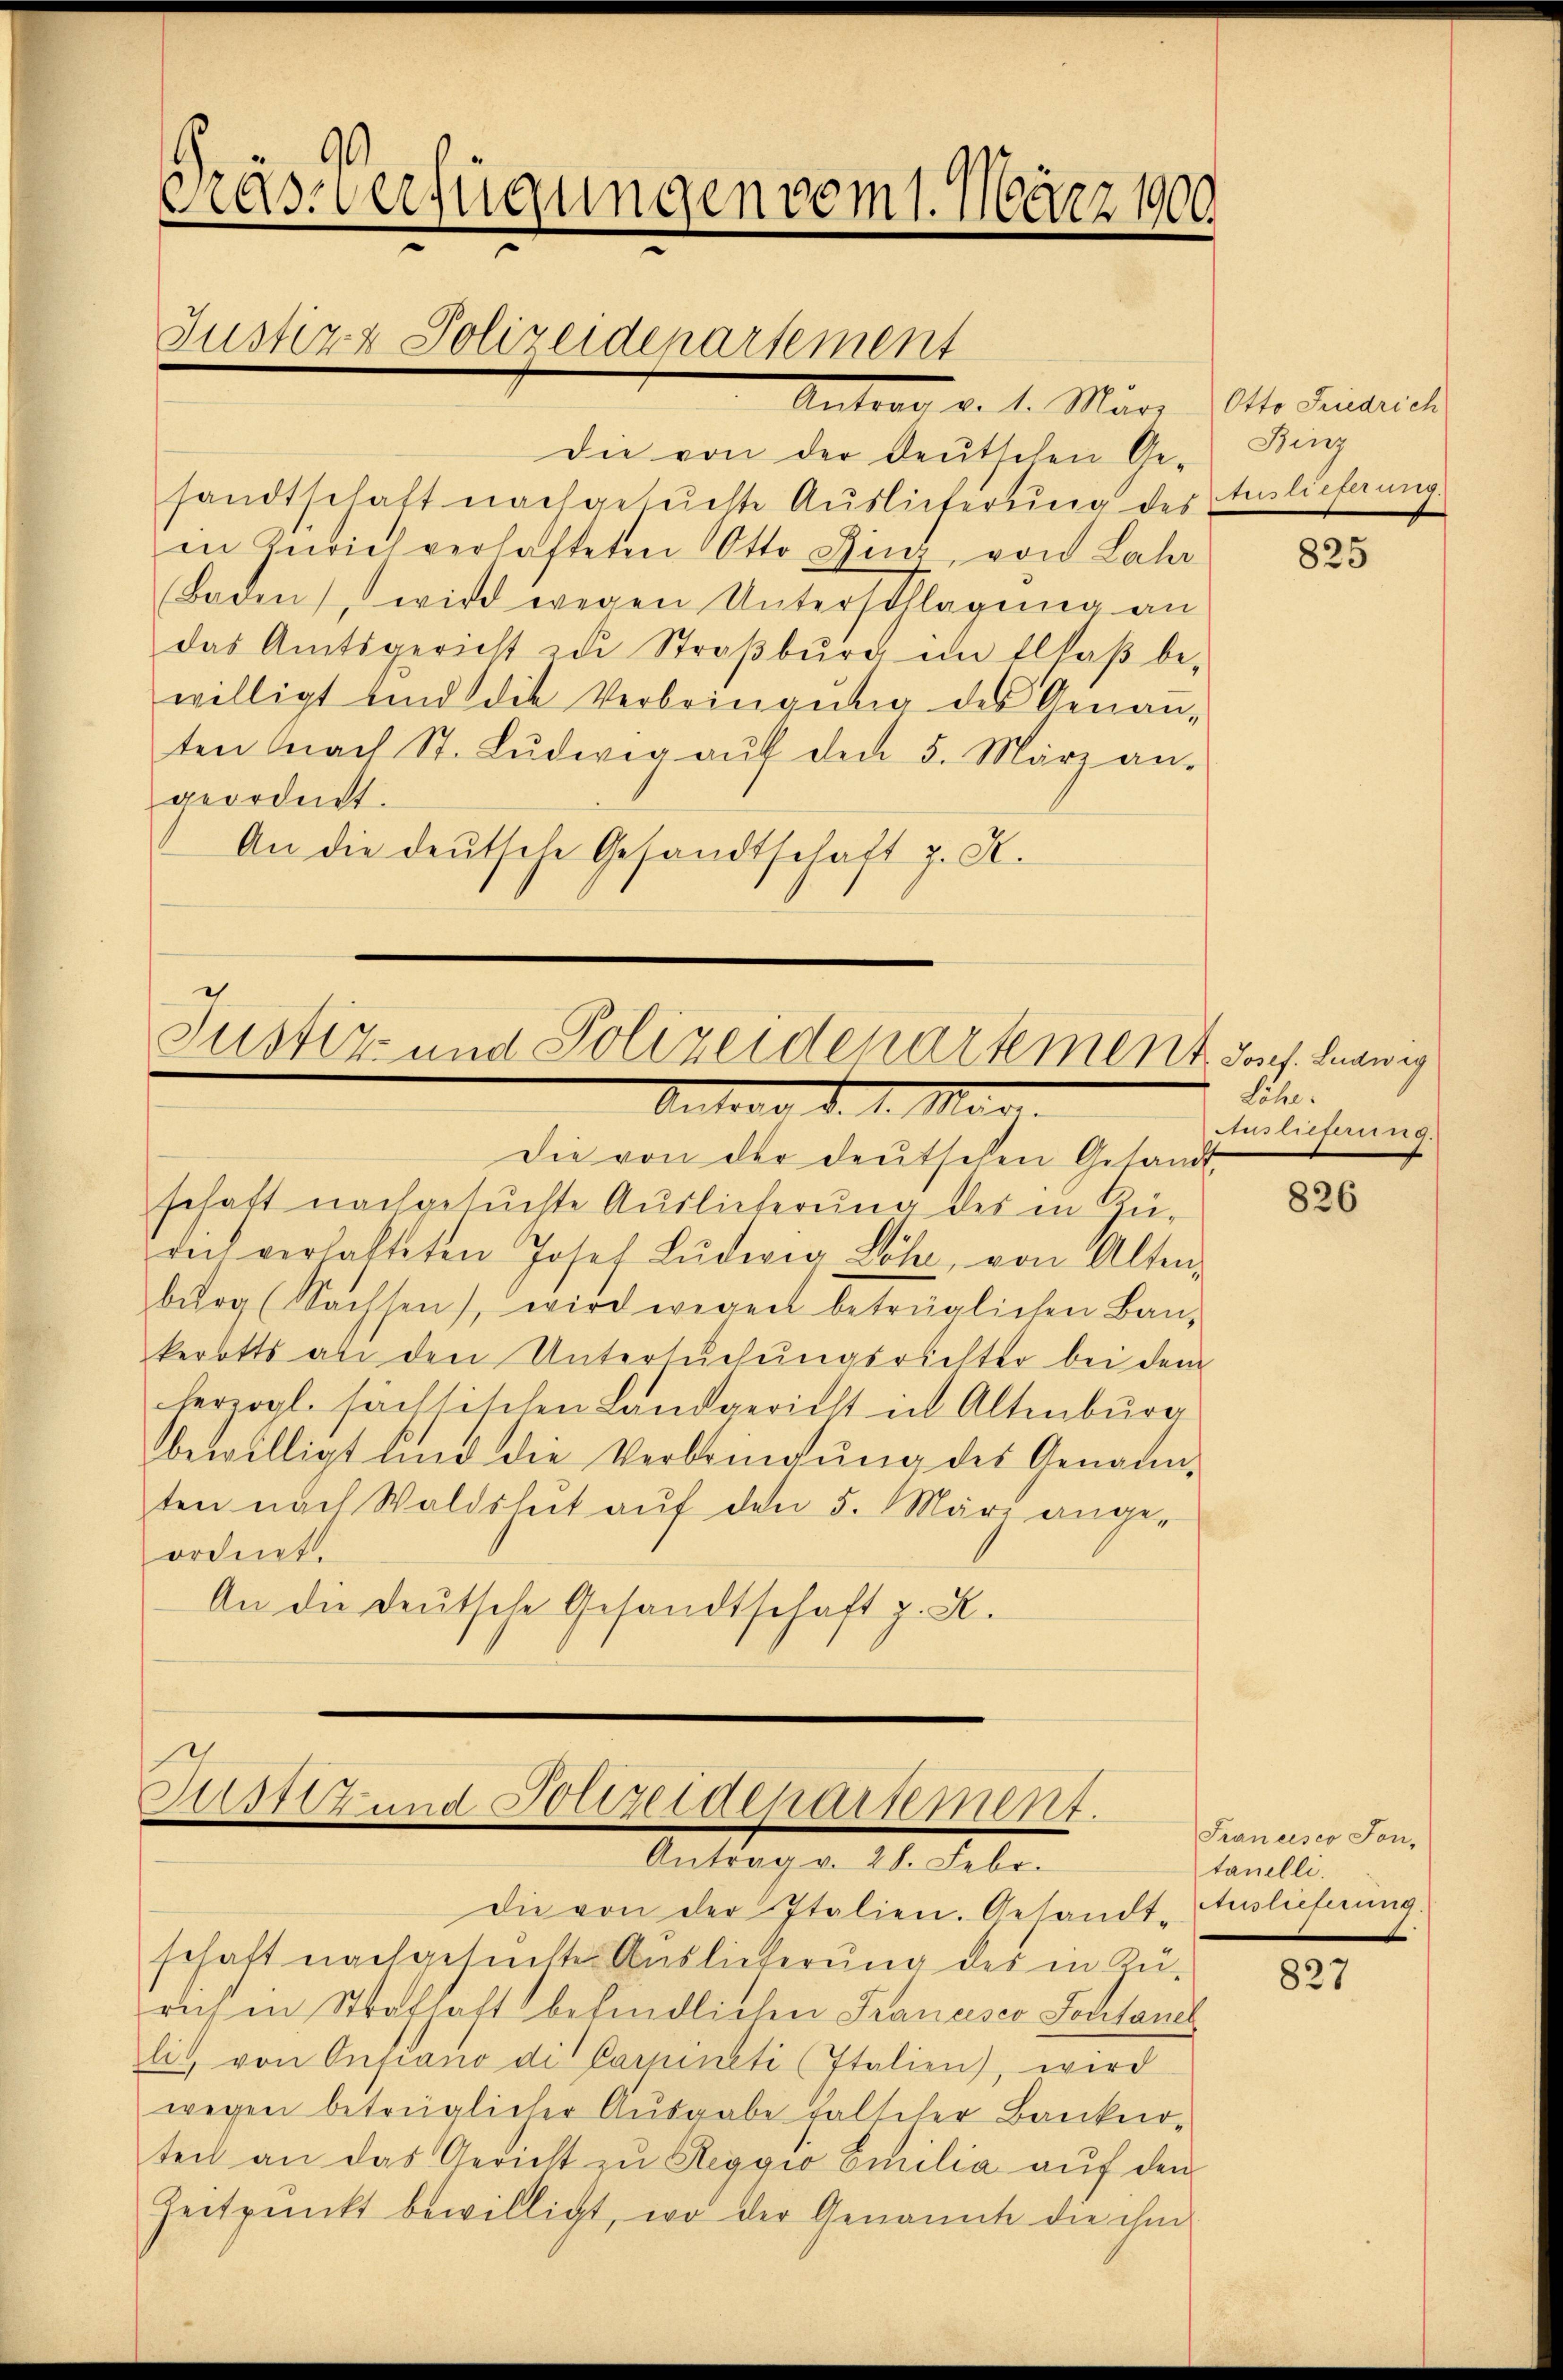
Pras Verfügungen vom 1. März 1900
Justiz & Polizeidepartement

Antrag v. 1. März Otto Friedrich
Die von der deutschen Ge-
sandtschaft nachgesuchte Auslieferung des
in Zürich verhafteten Otto Ginz, von Lah
Baden, wird wegen Unterschlagung an
das Amtsgericht zu Straβbŭrg im Ellaβ be-
willigt und die Verbringŭng des Genaṅ-
ten Nach St. Lŭdwig aŭf den 5. März an.
geordnet.
An die deutsche Gesandtschaft z. K.

Justiz- und Polizeidepartement Jos. Ludwig
Antrag d. 1. Mar.

Justiz und Polizeidepartement.
Antrag v. 28. Febr.
Die von der Italien. Gesandt-

Die von der deutschen Gesandt,
schaft nachgesuchte Auslieferung des in Güdich verhalteten Josef Lŭdwig Löhe, von Alten,
burg (Nachsen, wird wegen beträglichen Bau-
kerotts an den Untersuchungsrichter bei dem
herzogl. sächsischen Landgericht in Altenburg
bewilligt und die Verbringung des Genann-
ten nach Waldshut auf den 5. März angeordnet.
An die Deutsche Gesandtschaft z. R.

schaft nachgesuchte Auslieferung des in Zürich in Strafhaft befindlichen Francisco Jochtanel
li von Onfiano di Carineti (Italien), wird
wegen betrüglicher Ausgabe falscher Banker-
tei an das Gericht zu Reggio omilia auf den
Zeitpunkt bewilligt, wo der Genannte die ihm

Binz
Auslieferung.

825

Löhe.
Endlichung.

826

Francisco Lon-
tanelli.
Auslieferung.

827